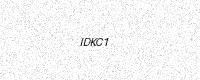
Text: IDKC1